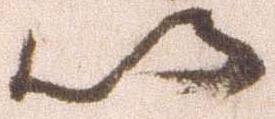
以